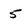
Character: 5